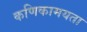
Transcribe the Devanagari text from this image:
कणिकामयता